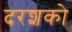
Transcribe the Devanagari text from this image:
दरशको